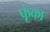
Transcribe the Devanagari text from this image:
फूंका